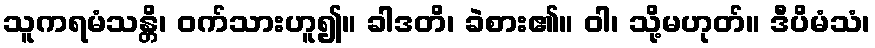
သူကရမံသန္တိ၊ ဝက်သားဟူ၍။ ခါဒတိ၊ ခဲစား၏။ ဝါ၊ သို့မဟုတ်။ ဒီပိမံသံ၊